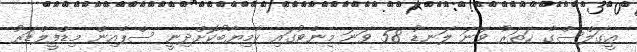
އީގަލްސްގެ ހަތަރު ވަނަ ލަނޑު 58 ވަނަ މިނެޓުގައި ކާމިޔާބުކޮށްދިނީ ސްޕެއިން މިޑްފީލްޑަރު